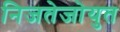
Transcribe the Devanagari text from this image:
निजतेजोयुत